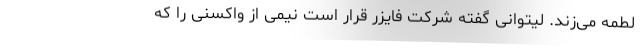
لطمه می‌زند. لیتوانی گفته شرکت فایزر قرار است نیمی از واکسنی را که